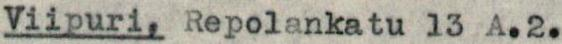
Viipuri, Repolankatu 13 A.2.